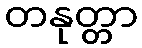
တနုတ္တာ